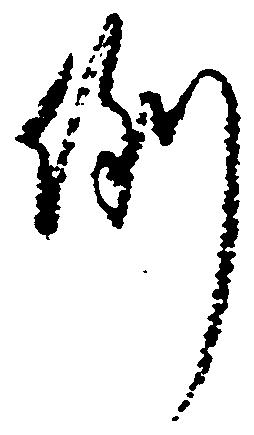
例